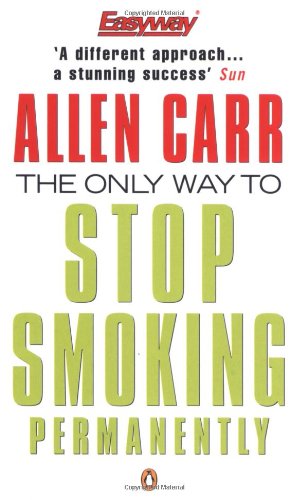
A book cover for Only Way To Stop Smoking Permanently (Penguin Health Care & Fitness); Allen Carr; Health, Fitness & Dieting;